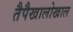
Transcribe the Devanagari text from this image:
तैपैखालोखाल